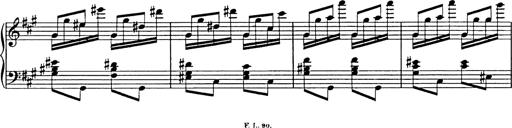
Title: Galop in A minor
Composer: Franz Liszt
Key: A minor